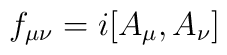
f_{\mu \nu }=i[A_{\mu },A_{\nu }]